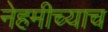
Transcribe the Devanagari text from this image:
नेहमीच्याच